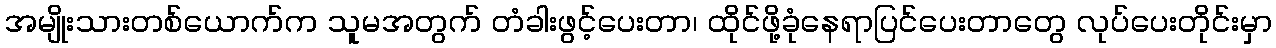
အမျိုးသားတစ်ယောက်က သူမအတွက် တံခါးဖွင့်ပေးတာ၊ ထိုင်ဖို့ခုံနေရာပြင်ပေးတာတွေ လုပ်ပေးတိုင်းမှာ